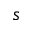
s